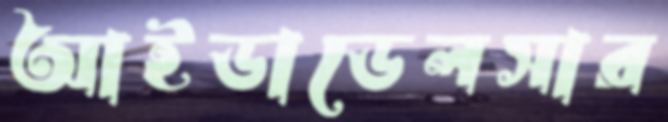
আইডাডেলসার